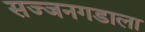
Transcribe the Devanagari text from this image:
सज्जनगडाला